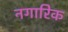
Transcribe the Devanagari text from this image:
नगारिक